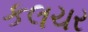
કલચર